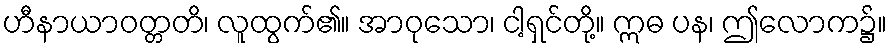
ဟီနာယာဝတ္တတိ၊ လူထွက်၏။ အာဝုသော၊ ငါ့ရှင်တို့။ ဣဓ ပန၊ ဤလောက၌။